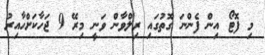
މި ފޮޓޯ އިން ފެންނަ ގޮތުގައި ރިލްވާން ވަނީ މިރޭ 9 ޖަހާކަށްހާއިރު